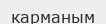
карманым